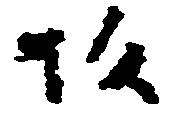
坂